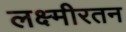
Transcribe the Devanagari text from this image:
लक्ष्मीरतन